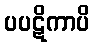
ပပဋိကာပိ